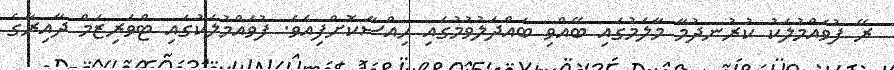
ރޭ ފުވައްމުލަކު ކުރުނދުމާ މާލަމުގައި ބޭއްވި ބައްދަލުވުމުގައި ހިއްސާކޮށްފިއެވެ. ފުވައްމުލަކުގައި ޓްވަރިޒަމް ދާއިރާގެ